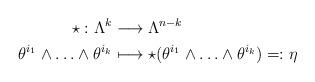
LaTeX: \begin{align*} \star:\Lambda^k&\longrightarrow\Lambda^{n-k}\\\theta^{i_1}\wedge\ldots\wedge\theta^{i_k}&\longmapsto\star(\theta^{i_1}\wedge\ldots\wedge\theta^{i_k})=:\eta\end{align*}